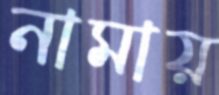
নামায়